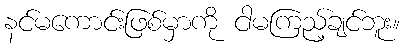
နင်မကောင်းဖြစ်မှာကို ငါမကြည့်ချင်ဘူး။